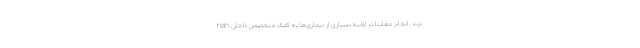
نزند. انجام معاینات اولیه بسیاری از بیماری‌ها به کمک متخصص داخلی nan